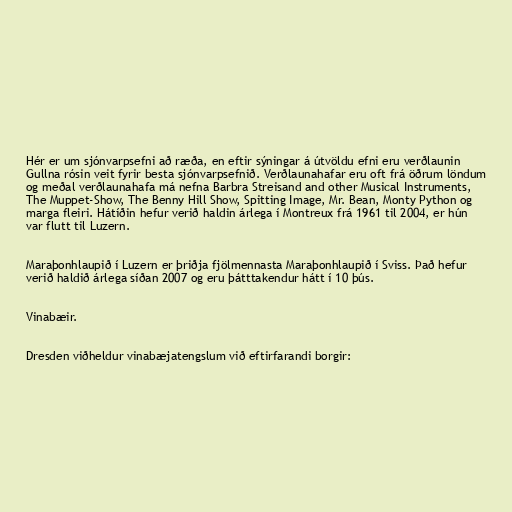
Hér er um sjónvarpsefni að ræða, en eftir sýningar á útvöldu efni eru verðlaunin
Gullna rósin veit fyrir besta sjónvarpsefnið. Verðlaunahafar eru oft frá öðrum löndum
og meðal verðlaunahafa má nefna Barbra Streisand and other Musical Instruments,
The Muppet-Show, The Benny Hill Show, Spitting Image, Mr. Bean, Monty Python og
marga fleiri. Hátíðin hefur verið haldin árlega í Montreux frá 1961 til 2004, er hún
var flutt til Luzern.

Maraþonhlaupið í Luzern er þriðja fjölmennasta Maraþonhlaupið í Sviss. Það hefur
verið haldið árlega síðan 2007 og eru þátttakendur hátt í 10 þús.

Vinabæir.

Dresden viðheldur vinabæjatengslum við eftirfarandi borgir: